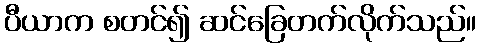
ပီယာက စတင်၍ ဆင်ခြေတက်လိုက်သည်။